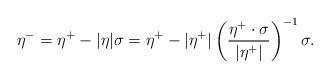
LaTeX: \begin{align*}\eta^- = \eta^+- |\eta|\sigma = \eta^+ - |\eta^+| \left(\frac{\eta^+\cdot\sigma}{|\eta^+|}\right)^{-1}\sigma .\end{align*}